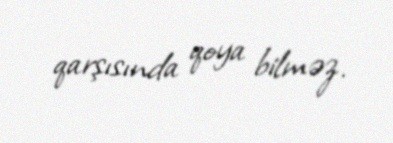
qarşısında qoya bilməz.